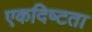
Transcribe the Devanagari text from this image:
एकदिष्‍टता